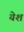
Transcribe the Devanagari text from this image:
येश